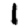
Digit: 1